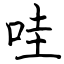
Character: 哇